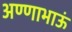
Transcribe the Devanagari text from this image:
अण्णाभाऊं